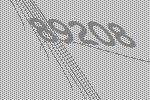
89208